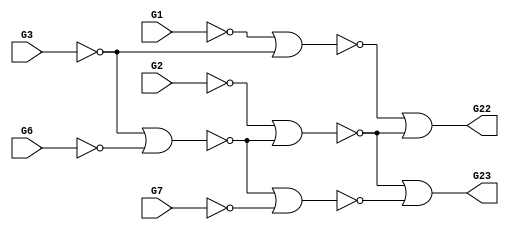
// Benchmark "/storage/rpurdy/benchmarks/ISCAS/bench/c17" written by ABC on Tue Jun 30 14:50:35 2020

module c17 ( 
    G1, G2, G3, G6, G7,
    G22, G23  );
  input  G1, G2, G3, G6, G7;
  output G22, G23;
  wire G10, G11, G16, G19;
  assign G10 = ~G1 | ~G3;
  assign G11 = ~G3 | ~G6;
  assign G16 = ~G2 | ~G11;
  assign G19 = ~G11 | ~G7;
  assign G22 = ~G10 | ~G16;
  assign G23 = ~G16 | ~G19;
endmodule